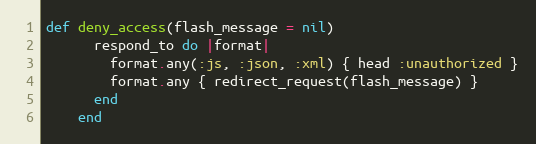
Language: Ruby
def deny_access(flash_message = nil)
      respond_to do |format|
        format.any(:js, :json, :xml) { head :unauthorized }
        format.any { redirect_request(flash_message) }
      end
    end